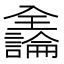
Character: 𫤍